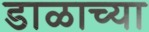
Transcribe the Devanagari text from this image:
डाळाच्या